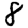
Digit: 8